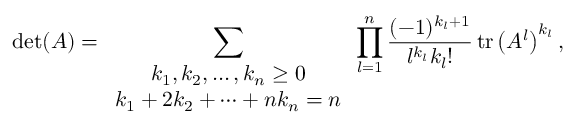
\operatorname* { d e t } ( A ) = \sum _ { \begin{array} { c } { k _ { 1 } , k _ { 2 } , \ldots , k _ { n } \geq 0 } \\ { k _ { 1 } + 2 k _ { 2 } + \cdots + n k _ { n } = n } \end{array} } \prod _ { l = 1 } ^ { n } { \frac { ( - 1 ) ^ { k _ { l } + 1 } } { l ^ { k _ { l } } k _ { l } ! } } \operatorname { t r } \left( A ^ { l } \right) ^ { k _ { l } } ,